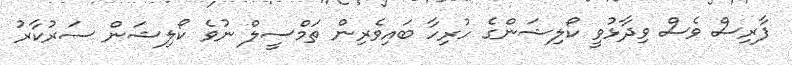
ފާރިސް ވެސް ވިދާޅުވީ ކޯލިޝަންގެ ހުރިހާ ބައިވެރިން ތަމްސީލް ނުވެ ކޯލިޝަން ސަރުކާރު